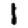
Digit: 1